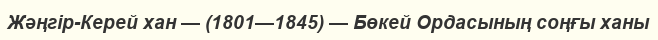
Жәңгір-Керей хан — (1801—1845) — Бөкей Ордасының соңғы ханы